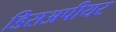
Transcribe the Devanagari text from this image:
डिसअपीयर